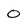
Character: O